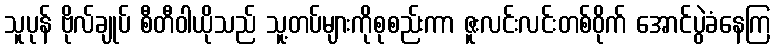
သူပုန် ဗိုလ်ချုပ် စီတီဝါယိုသည် သူ့တပ်များကိုစုစည်းကာ ဇူးလင်းလင်းတစ်ဝိုက် အောင်ပွဲခံနေကြ